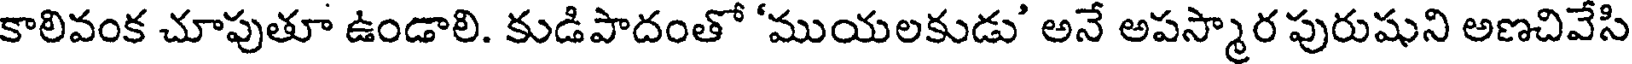
కాలివంక చూపుతూ ఉండాలి. కుడిపాదంతో 'ముయలకుడు' అనే అపస్మార పురుషుని అణచివేసి